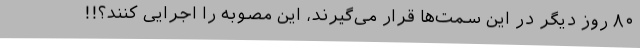
۸۰ روز دیگر در این سمت‌ها قرار می‌گیرند، این مصوبه را اجرایی کنند؟!!